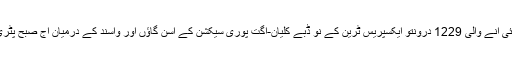
ناگپور سے ممبئی آنے والی 1229 درونتو ایکسپریس ٹرین کے نو ڈبے کلیان-اگت پوری سیکشن کے آسن گاؤں اور واسند کے درمیان آج صبح پٹری سے اتر گئے۔